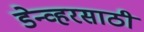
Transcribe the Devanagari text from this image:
डेन्व्हरसाठी